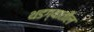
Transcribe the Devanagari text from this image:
थडग्यातील